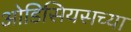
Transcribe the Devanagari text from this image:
ओडिसियसच्या